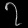
Digit: ၇